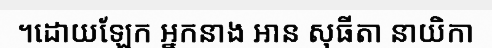
។ដោយឡែក អ្នកនាង អាន សុធីតា នាយិកា